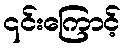
၎င်းကြောင့်